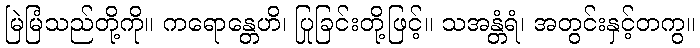
မြဲမြံသည်တို့ကို။ ကရောန္တေဟိ၊ ပြုခြင်းတို့ဖြင့်။ သအန္တံရံ၊ အတွင်းနှင့်တကွ။